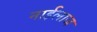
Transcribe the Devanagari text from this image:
नाईलाज